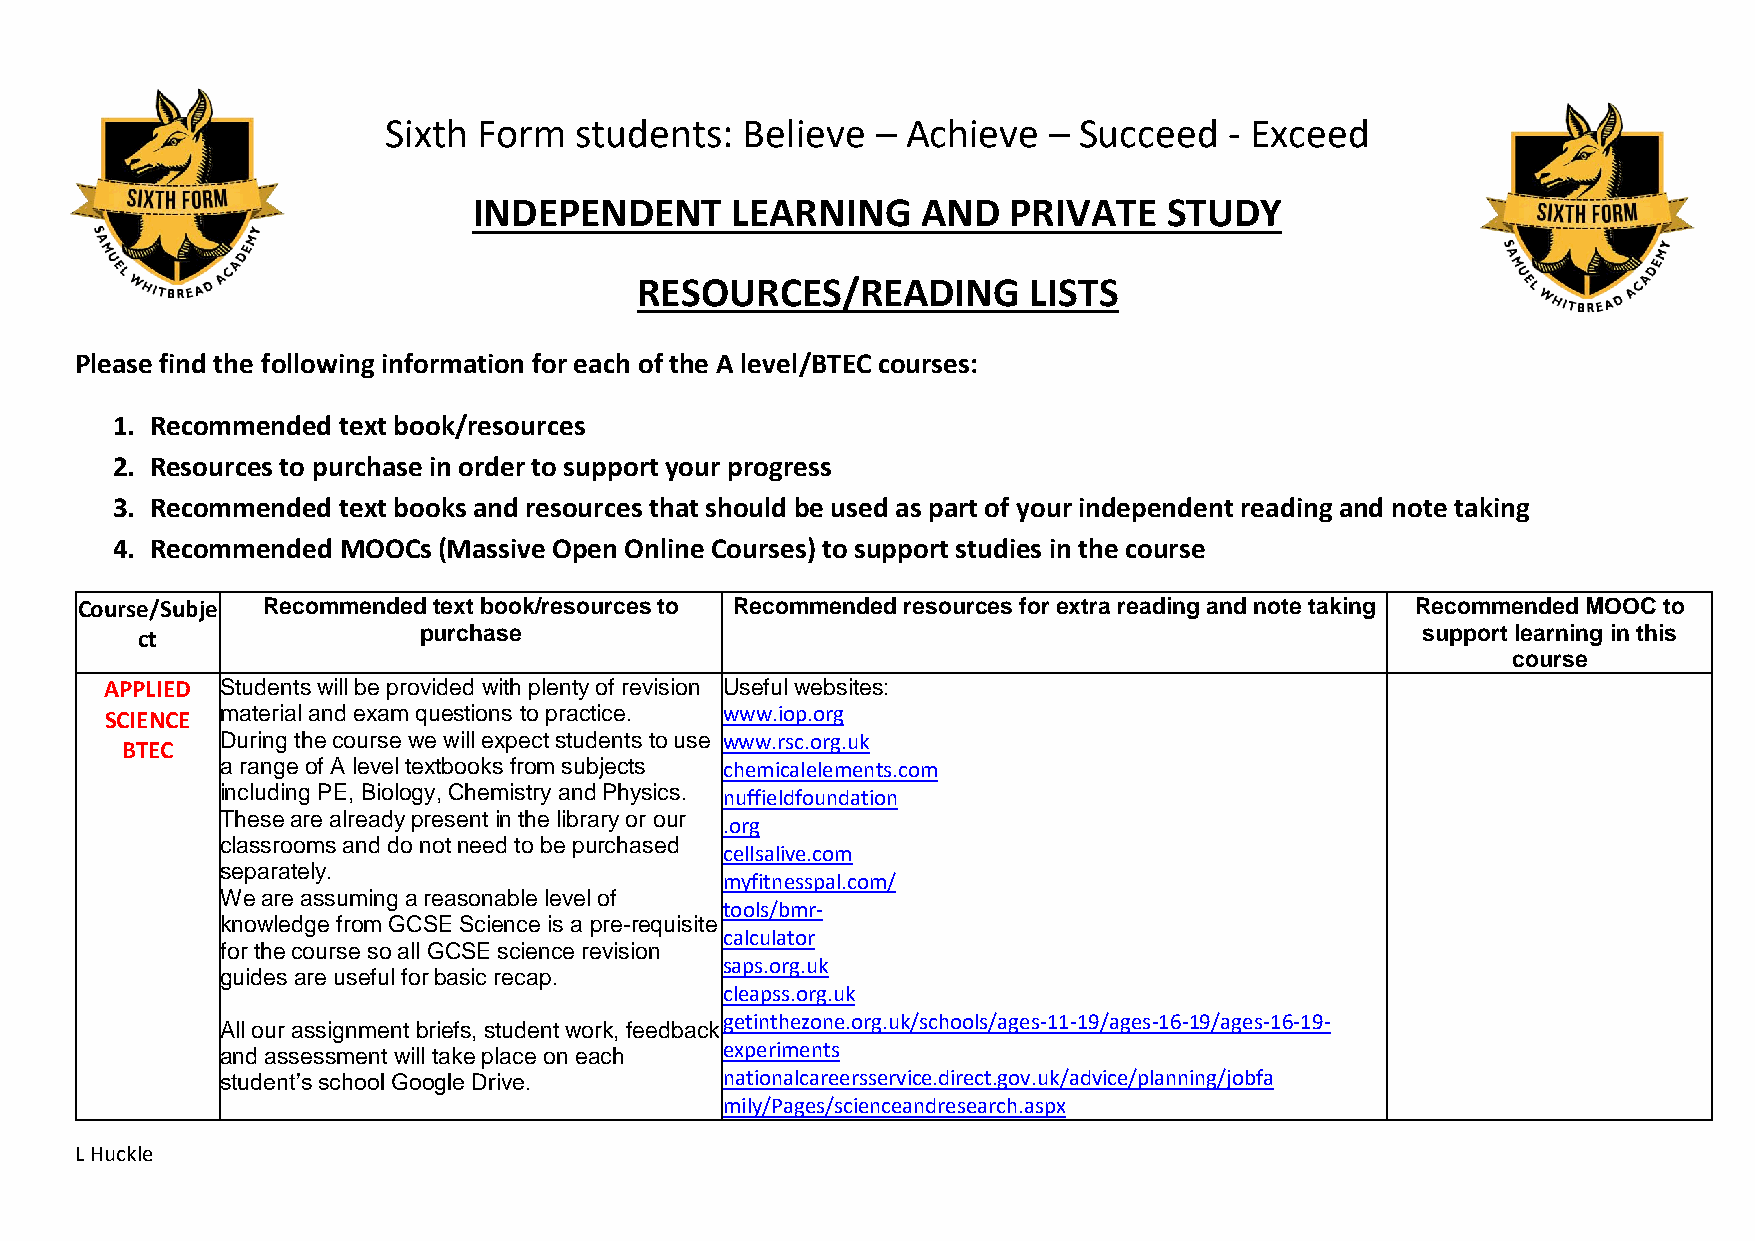
Sixth  Form  students:  Believe  – Achieve  – Succeed   - Exceed
 INDEPENDENT      LEARNING     AND   PRIVATE   STUDY
 RESOURCES/READING         LISTS
 Please find the following information for each of the A level/BTEC courses:
 1. Recommended text book/resources
 2. Resources to purchase in order to support your progress
 3. Recommended text books and resources that should be used as part of your independent reading and note taking
 4. Recommended MOOCs  (Massive Open Online Courses) to support studies in the course
 Course/Subje Recommended text book/resources to Recommended resources for extra reading and note taking Recommended MOOC to
 ct                 purchase                                                          support learning in this
 course
 APPLIED Students will be provided with plenty of revision Useful websites:
 SCIENCE material and exam questions to practice. www.iop.org
 During the course we will expect students to use www.rsc.org.uk
 BTEC
 a range of A level textbooks from subjects chemicalelements.com
 including PE, Biology, Chemistry and Physics. nuffieldfoundation
 These are already present in the library or our
 .org
 classrooms and do not need to be purchased
 cellsalive.com
 separately.
 myfitnesspal.com/
 We are assuming a reasonable level of
 tools/bmr-
 knowledge from GCSE Science is a pre-requisite
 calculator
 for the course so all GCSE science revision
 saps.org.uk
 guides are useful for basic recap.
 cleapss.org.uk
 getinthezone.org.uk/schools/ages-11-19/ages-16-19/ages-16-19-
 All our assignment briefs, student work, feedback
 and assessment will take place on each experiments
 student’s school Google Drive.   nationalcareersservice.direct.gov.uk/advice/planning/jobfa
 mily/Pages/scienceandresearch.aspx
 L Huckle